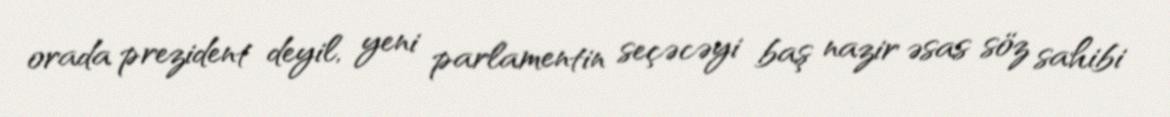
orada prezident deyil, yeni parlamentin seçəcəyi baş nazir əsas söz sahibi